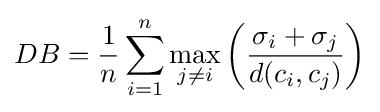
DB={\frac {1}{n}}\sum _{i=1}^{n}\max _{j\neq i}\left({\frac {\sigma _{i}+\sigma _{j}}{d(c_{i},c_{j})}}\right)